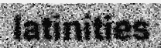
latinities